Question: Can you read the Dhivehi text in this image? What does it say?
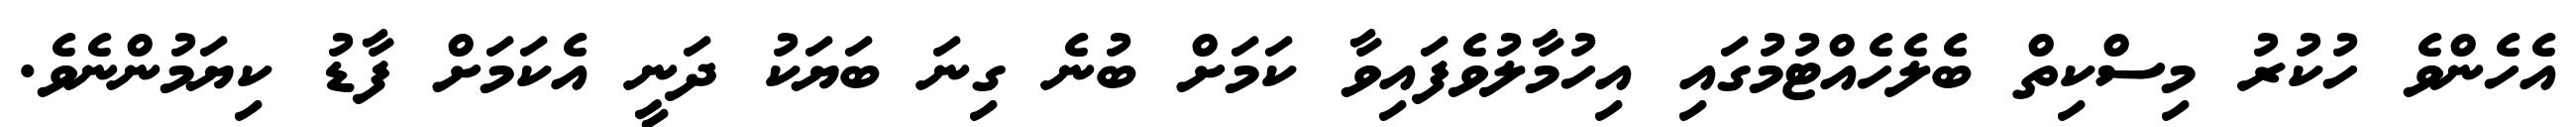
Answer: އެހެންވެ ހުކުރު މިސްކިތް ބެލެހެއްޓުމުގައި އިހުމާލުވެފައިވާ ކަމަށް ބުނެ ގިނަ ބަޔަކު ދަނީ އެކަމަށް ފާޑު ކިޔަމުންނެވެ.